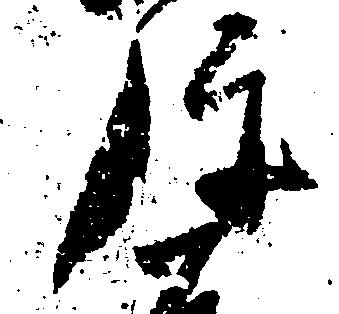
弥